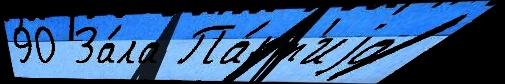
90 За́ла Па́рт'иjа